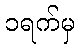
၁ရက်မှ